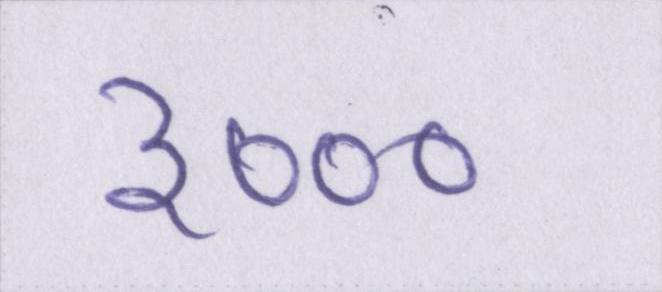
३०००